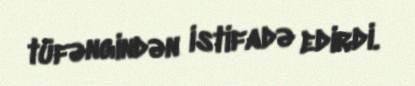
tüfəngindən istifadə edirdi.